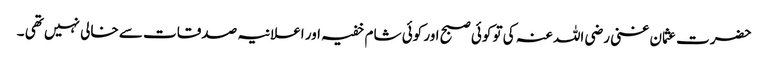
حضرت عثمان غنی رضی اللہ عنہ کی تو کوئی صبح اور کوئی شام خفیہ اور اعلانیہ صدقات سے خالی نہیں تھی ۔